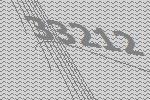
33212